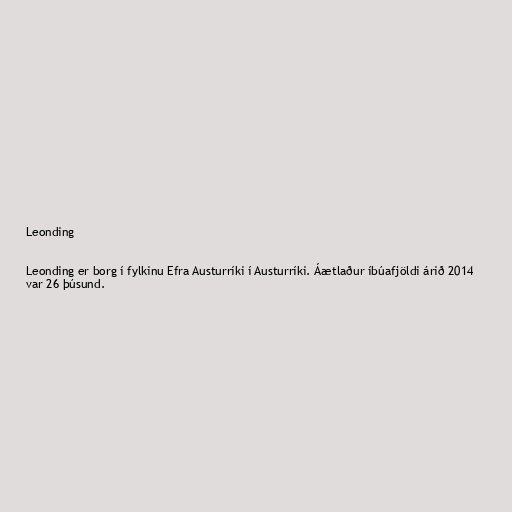
Leonding

Leonding er borg í fylkinu Efra Austurríki í Austurríki. Áætlaður íbúafjöldi árið 2014
var 26 þúsund.